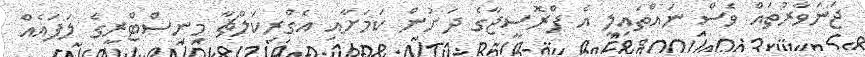
ޖަނަވާރުތައް ވެސް ނައްތައިލީ އެ ޕްރޮސީޖާގެ ދަށުން ކަމަށާއި އެގްރިކަލްޗާ މިނިސްޓްރީގެ ލަފައެއް